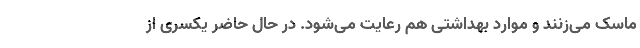
ماسک می‌زنند و موارد بهداشتی هم رعایت می‌شود. در حال حاضر یکسری از